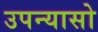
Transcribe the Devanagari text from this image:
उपन्यासो